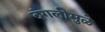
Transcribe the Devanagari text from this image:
दंगलीमुळे